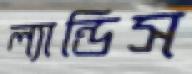
ল্যান্ডিস